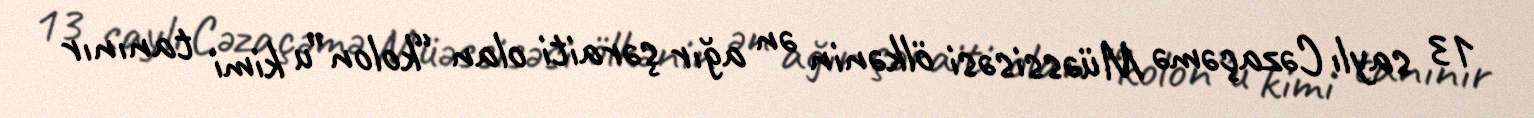
13 saylı Cəzaçəmə Müəssisəsi ölkənin ən ağır şəraiti olan “kolon”u kimi tanınır